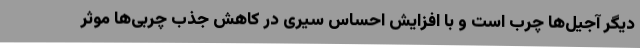
دیگر آجیل‌ها چرب است و با افزایش احساس سیری در کاهش جذب چربی‌ها موثر